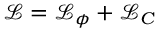
\mathcal { L } = \mathcal { L } _ { \phi } + \mathcal { L } _ { C }